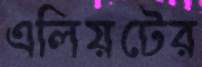
এলিয়টের